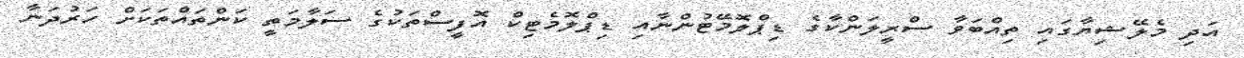
އަދި މެލޭޝިޔާގައި ތިއްބަވާ ސްރީލަންކާގެ ޑިޕްލޮމޭޓުންނާއި ޑިޕްލޮމެޓިކް އޮފީސްތަކުގެ ސަލާމަތީ ކަންތައްތަކަށް ހަރުދަނާ